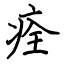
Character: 痊